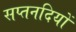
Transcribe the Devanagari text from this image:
सप्तनदियों